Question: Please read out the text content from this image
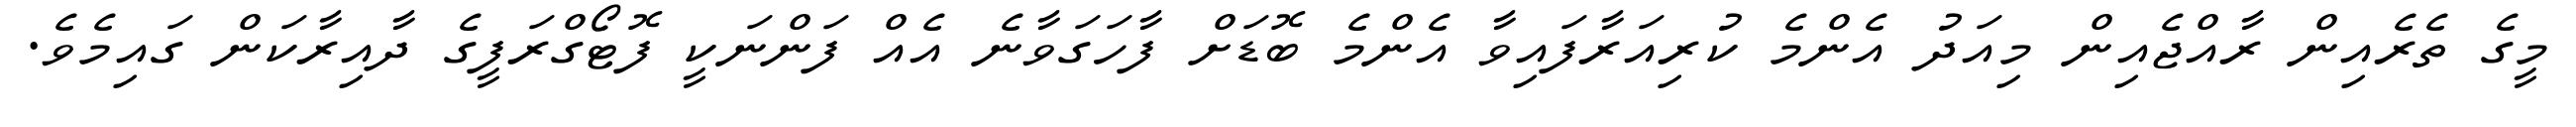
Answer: މީގެ ތެރެއިން ރާއްޖެއިން މިއަދު އެންމެ ކުރިއަރާފައިވާ އެންމެ ބޮޑަށް ފާހަގަވާނެ އެއް ފަންނަކީ ފޮޓޯގްރަފީގެ ދާއިރާކަން ގައިމެވެ.